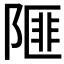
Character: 𨻃